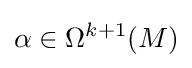
\alpha \in \Omega ^{k+1}(M)